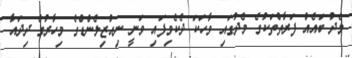
މެދު ބައެއް ފަރާތްތަކުގެ މެދުގައި ވާހަކަ ދެކެވިފައި ވަނީ ނިއުޒިލެންޑްގެ މިހާރުގެ ދިދައާ